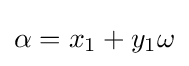
\alpha =x_{1}+y_{1}\omega